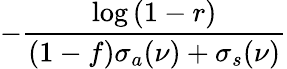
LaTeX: -\frac{\log{(1-r)}}{(1-f)\sigma_{a}(\nu)+\sigma_{s}(\nu)}